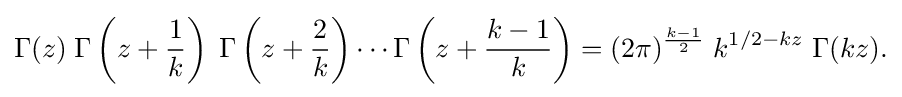
\Gamma (z)\;\Gamma \left(z+{\frac {1}{k}}\right)\;\Gamma \left(z+{\frac {2}{k}}\right)\cdots \Gamma \left(z+{\frac {k-1}{k}}\right)=(2\pi )^{\frac {k-1}{2}}\;k^{1/2-kz}\;\Gamma (kz).\,\!